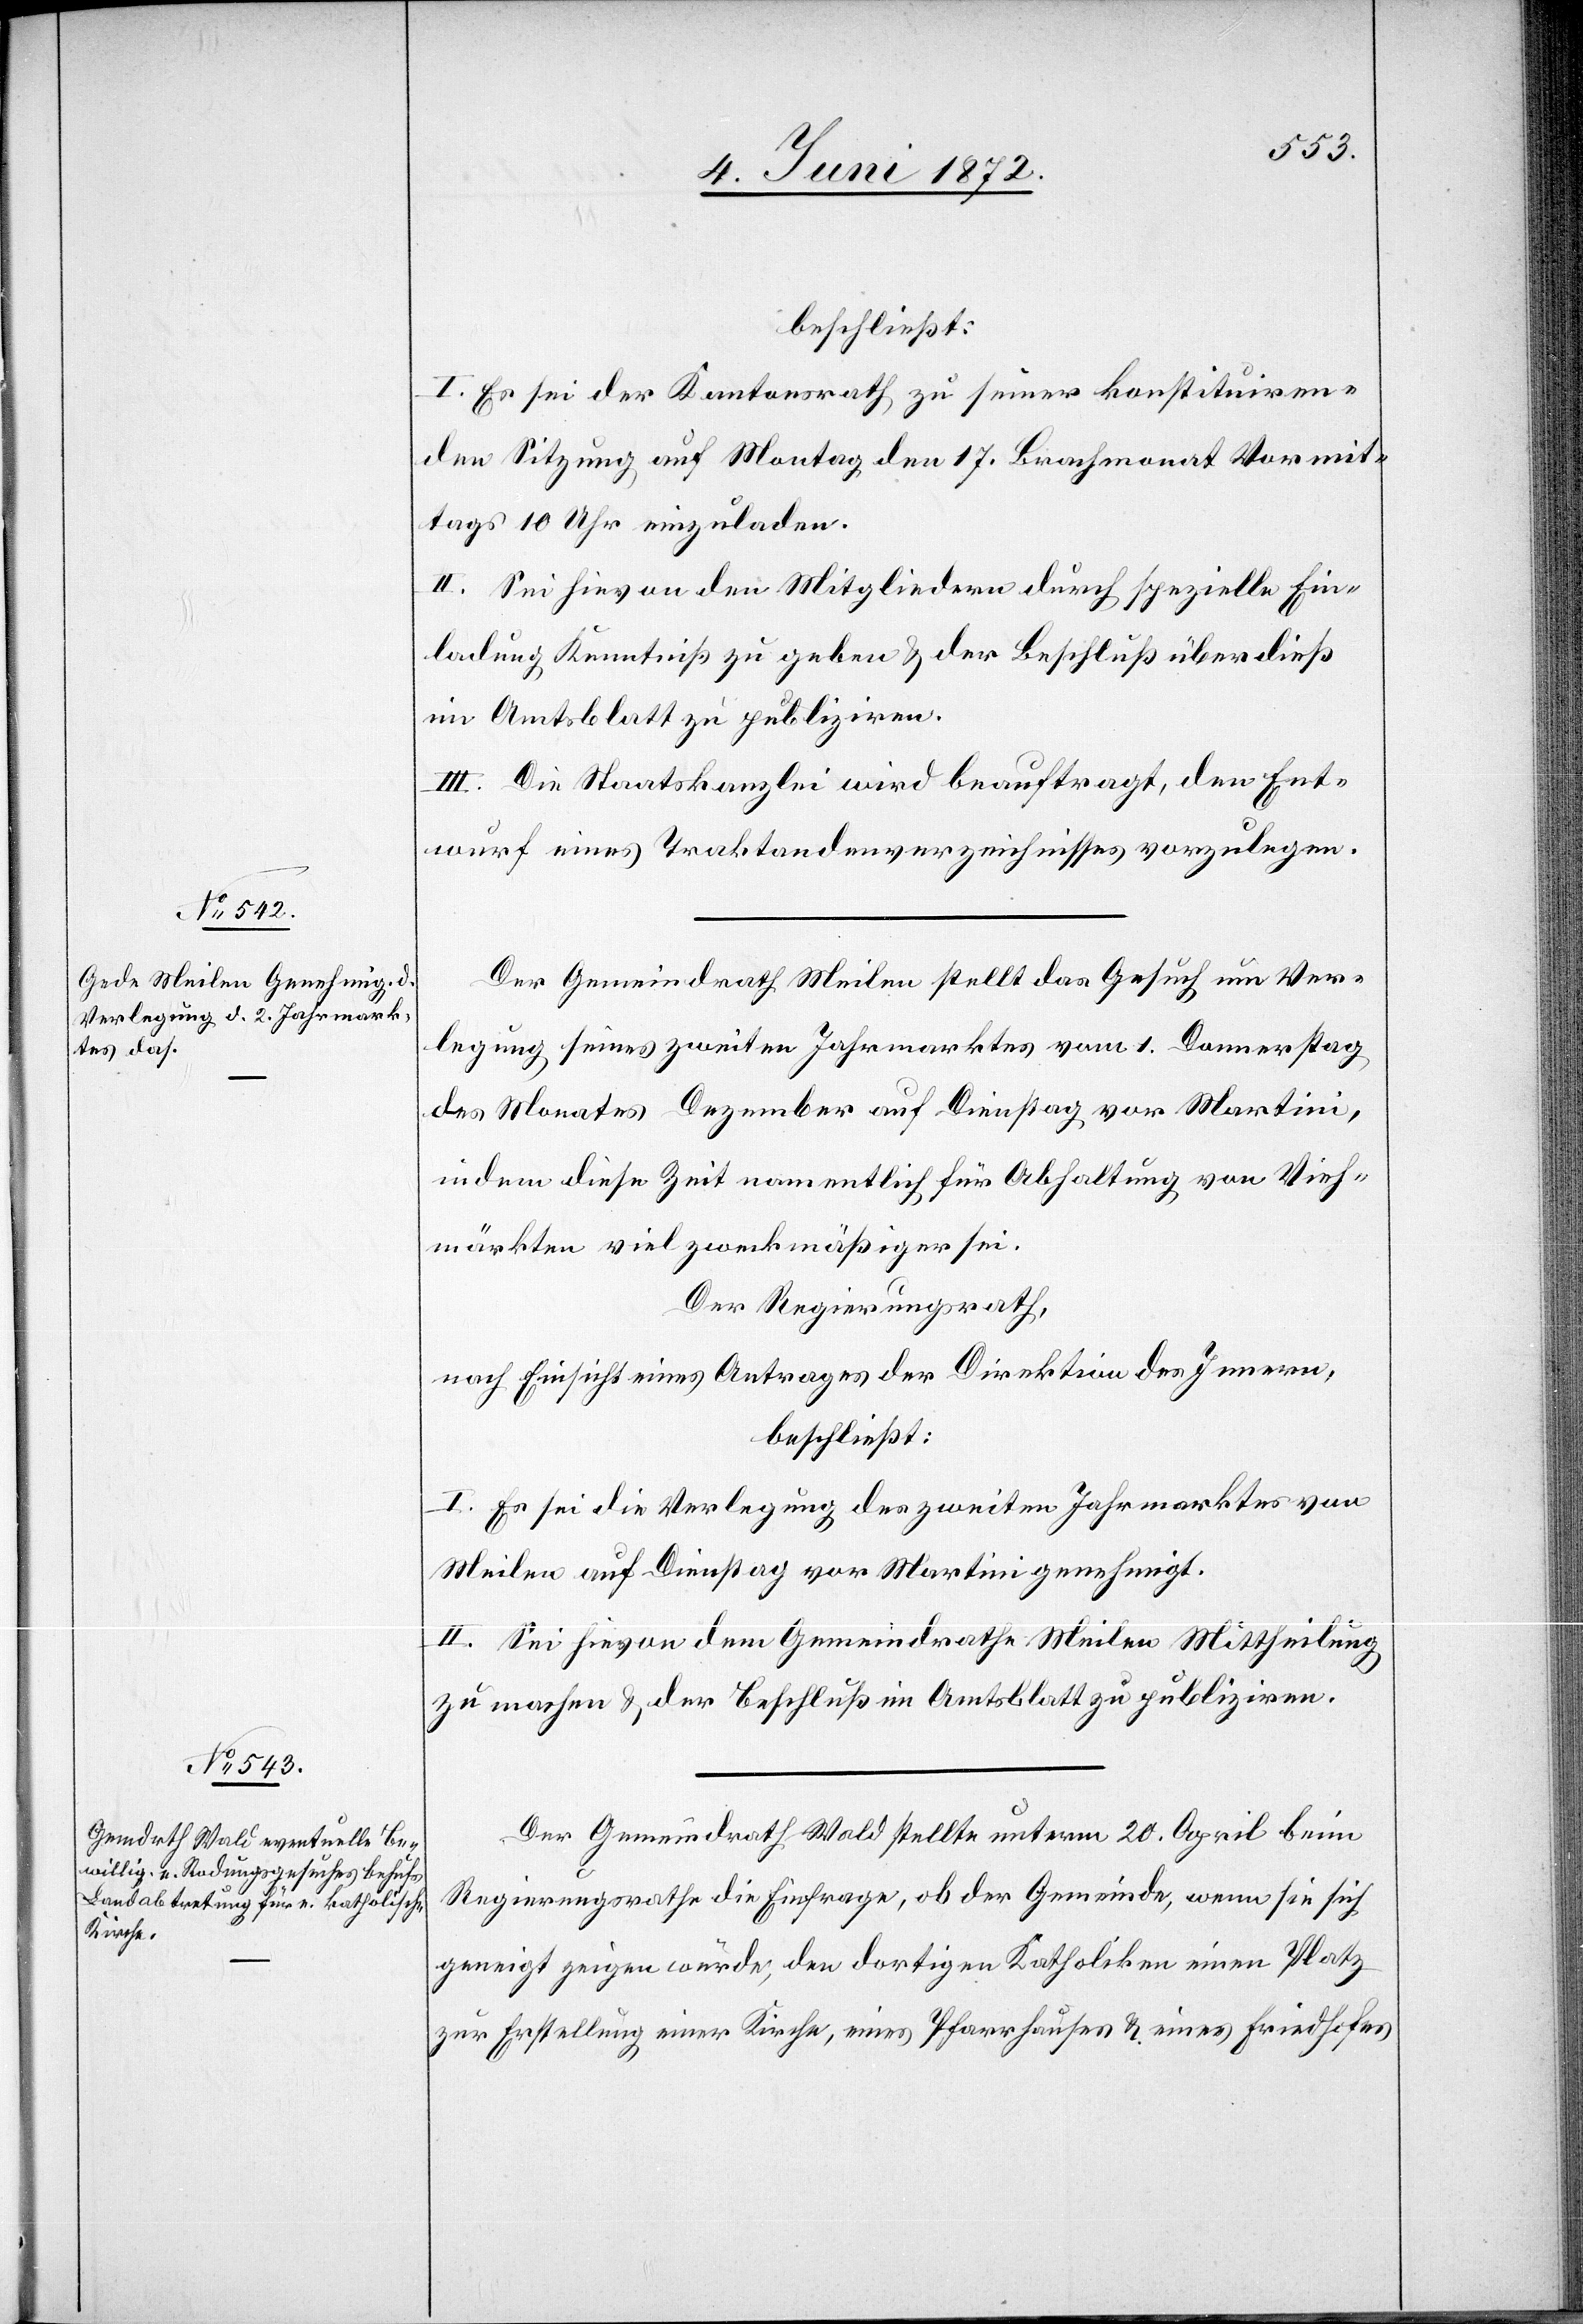
beschließt:
I. Es sei der Kantonsrath zu seiner konstituiren¬
den Sitzung auf Montag den 17. Brachmonat Vormit¬
tags 10 Uhr einzuladen.
II. Sei hievon den Mitgliedern durch spezielle Ein¬
ladung Kenntniß zu geben u. der Beschluß überdieß
im Amtsblatt zu publiziren.
III. Die Staatskanzlei wird beauftragt, den Ent¬
wurf eines Traktandenverzeichnisses vorzulegen.
Der Gemeindrath Meilen stellt das Gesuch um Ver¬
legung seines zweiten Jahrmarktes vom 1. Donnerstag
des Monates Dezember auf Dienstag vor Martini,
indem diese Zeit namentlich für Abhaltung von Vieh¬
märkten viel zweckmäßiger sei.
Der Regierungsrath,
nach Einsicht eines Antrages der Direktion des Innern,
beschließt:
I. Es sei die Verlegung des zweiten Jahrmarktes von
Meilen auf Dienstag vor Martini genehmigt.
II. Sei hievon dem Gemeindrath Meilen Mittheilung
zu machen u. der Beschluß im Amtsblatt zu publiziren.
Der Gemeindrath Wald stellte unterm 20. April beim
Regierungsrathe die Einfrage, ob der Gemeinde, wenn sie sich
geneigt zeigen würde, den dortigen Katholiken einen Platz
zur Erstellung einer Kirche, eines Pfarrhauses u. eines Friedhofes